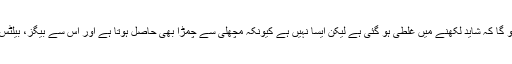
یہ پڑھ کر آپ کو یوں محسوس ہوا ہو گا کہ شاید لکھنے میں غلطی ہو گئی ہے لیکن ایسا نہیں ہے کیونکہ مچھلی سے چمڑا بھی حاصل ہوتا ہے اور اس سے بیگز، بیلٹس اور دیگر مصنوعات بھی بنتی ہیں۔